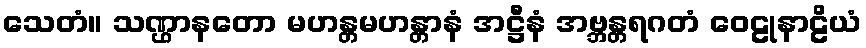
သေတံ။ သဏ္ဌာနတော မဟန္တမဟန္တာနံ အဋ္ဌီနံ အဗ္ဘန္တရဂတံ ဝေဠုနာဠိယံ